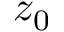
z _ { 0 }